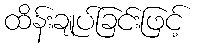
ထိန်းချုပ်ခြင်းဖြင့်